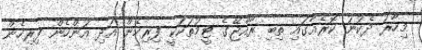
މިހާރު ދެކުނު ކޮރެއާގައި ތިބި ރާއްޖޭގެ ޓީމުތަކަކީ ފިރިހެން އަދި އަންހެން ފިރިހެން